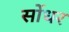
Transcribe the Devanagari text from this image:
सोंधर